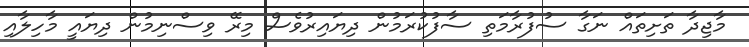
މާޖިދާ ތަށިތައް ނަގާ ސުފުރާމަތި ސާފުކުރަމުން ދިޔައިރުވެސް މިރޭ ވިސްނިމުން ދިޔައީ މާހިލާއި